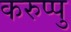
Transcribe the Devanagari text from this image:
करुप्पु